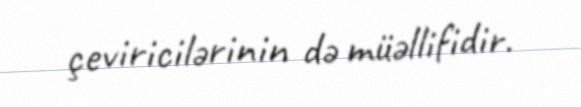
çeviricilərinin də müəllifidir.